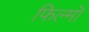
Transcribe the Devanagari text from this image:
फिल्मॊ